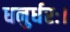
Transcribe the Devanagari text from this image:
धनुर्धरः।